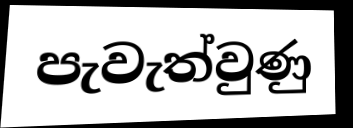
පැවැත්වුණු